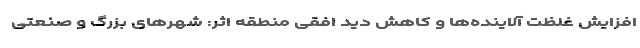
افزایش غلظت آلاینده‌ها و کاهش دید افقی منطقه اثر: شهرهای بزرگ و صنعتی